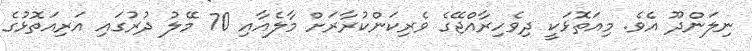
ނިލަންދޫ އެވެ. މިއަތޮޅަކީ ދިވެހިރާއްޖޭގެ ވެރިކަންކުރާރަށް މާލެއާއި 70 މޭލު ދުރުގައި އަރިއަތޮޅުގެ